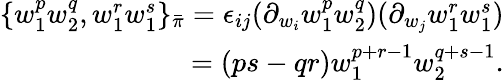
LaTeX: \begin{array}{r}{\{ w_{1}^{p}w_{2}^{q},w_{1}^{r}w_{1}^{s}\} _{\bar{\pi}}=\epsilon_{ij}(\partial_{w_{i}}w_{1}^{p}w_{2}^{q})(\partial_{w_{j}}w_{1}^{r}w_{1}^{s})}\\ {=(ps-qr)w_{1}^{p+r-1}w_{2}^{q+s-1}.}\end{array}